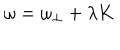
LaTeX: \omega = \omega _ { \perp } + \lambda K